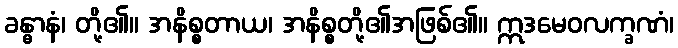
ခန္ဓာနံ၊ တို့၏။ အနိစ္စတာယ၊ အနိစ္စတို့၏အဖြစ်၏။ ဣဒမေဝလက္ခဏံ၊